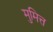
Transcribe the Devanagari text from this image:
मुमित्त